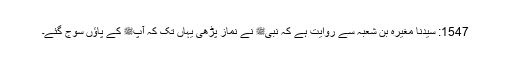
1547: سیدنا مغیرہ بن شعبہؓ سے روایت ہے کہ نبیﷺ نے نماز پڑھی یہاں تک کہ آپﷺ کے پاؤں سوج گئے۔